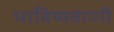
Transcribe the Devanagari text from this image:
भाविष्यवाणी